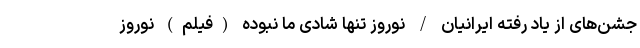
جشن‌های از یاد رفته ایرانیان / نوروز تنها شادی ما نبوده (فیلم) نوروز